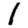
Digit: 1